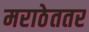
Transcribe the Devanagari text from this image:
मराठेततर